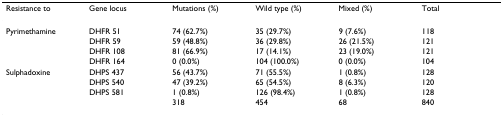
| Resistance to | Gene locus | Mutations (%) | Wild type (%) | Mixed (%) | Total |
 | --- | --- | --- | --- | --- | --- |
 | Pyrimethamine | DHFR 51 | 74 (62.7%) | 35 (29.7%) | 9 (7.6%) | 118 |
 |  | DHFR 59 | 59 (48.8%) | 36 (29.8%) | 26 (21.5%) | 121 |
 |  | DHFR 108 | 81 (66.9%) | 17 (14.1%) | 23 (19.0%) | 121 |
 |  | DHFR 164 | 0 (0.0%) | 104 (100.0%) | 0 (0.0%) | 104 |
 | Sulphadoxine | DHPS 437 | 56 (43.7%) | 71 (55.5%) | 1 (0.8%) | 128 |
 |  | DHPS 540 | 47 (39.2%) | 65 (54.5%) | 8 (6.3%) | 120 |
 |  | DHPS 581 | 1 (0.8%) | 126 (98.4%) | 1 (0.8%) | 128 |
 |  |  | 318 | 454 | 68 | 840 |